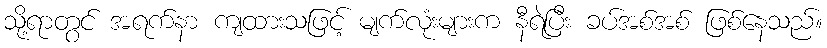
သို့ရာတွင် အရက်နာ ကျထားသဖြင့် မျက်လုံးများက နီရဲပြီး ခပ်အစ်အစ် ဖြစ်နေသည်။